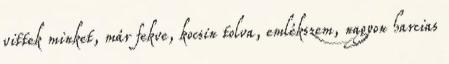
vittek minket, már fekve, kocsin tolva, emlékszem, nagyon harcias